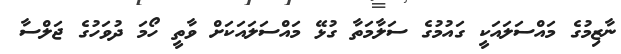
ނާޒިމުގެ މައްސަލައަކީ ގައުމުގެ ސަލާމަތާ ގުޅޭ މައްސަލައަކަށް ވާތީ ހޯމަ ދުވަހުގެ ޖަލްސާ